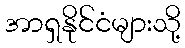
အာရှနိုင်ငံများသို့